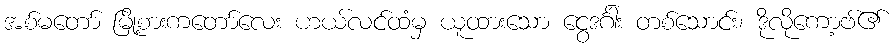
အစ်မတော် မြို့စားကတော်လေး ဟယ်လင်ထံမှ ယူထားသော ငွေဒင်္ဂါး တစ်သောင်း၊ ဒိုလိုကော့ဗ်၏